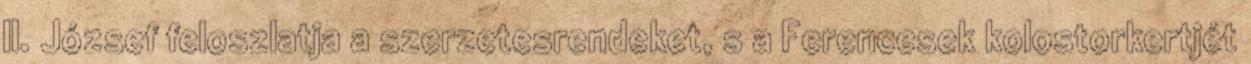
II. József feloszlatja a szerzetesrendeket, s a Ferencesek kolostorkertjét